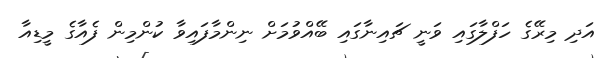
އަދި މިރޭގެ ހަފްލާގައި ވަނީ ޗައިނާގައި ބޭއްވުމަށް ނިންމާފައިވާ ކުންމިން ފެއާގެ މީޑިއާ